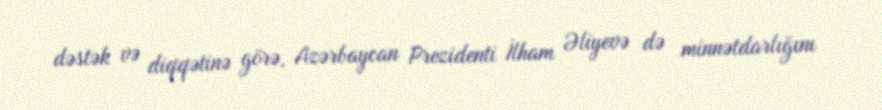
dəstək və diqqətinə görə, Azərbaycan Prezidenti İlham Əliyevə də minnətdarlığını